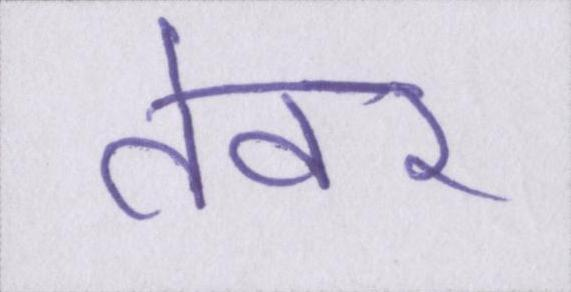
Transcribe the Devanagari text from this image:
तेवर